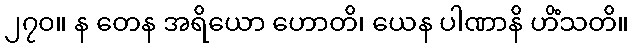
၂၇၀။ န တေန အရိယော ဟောတိ၊ ယေန ပါဏာနိ ဟိံသတိ။